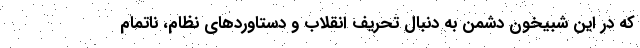
که در این شبیخون دشمن به دنبال تحریف انقلاب و دستاوردهای نظام، ناتمام